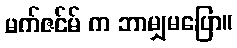
မက်ဇင်မ် က ဘာမျှမပြော။